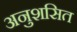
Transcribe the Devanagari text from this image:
अनुशसित